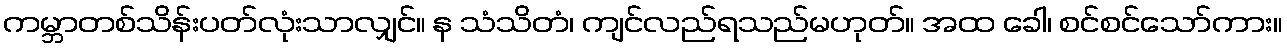
ကမ္ဘာတစ်သိန်းပတ်လုံးသာလျှင်။ န သံသိတံ၊ ကျင်လည်ရသည်မဟုတ်။ အထ ခေါ၊ စင်စင်သော်ကား။